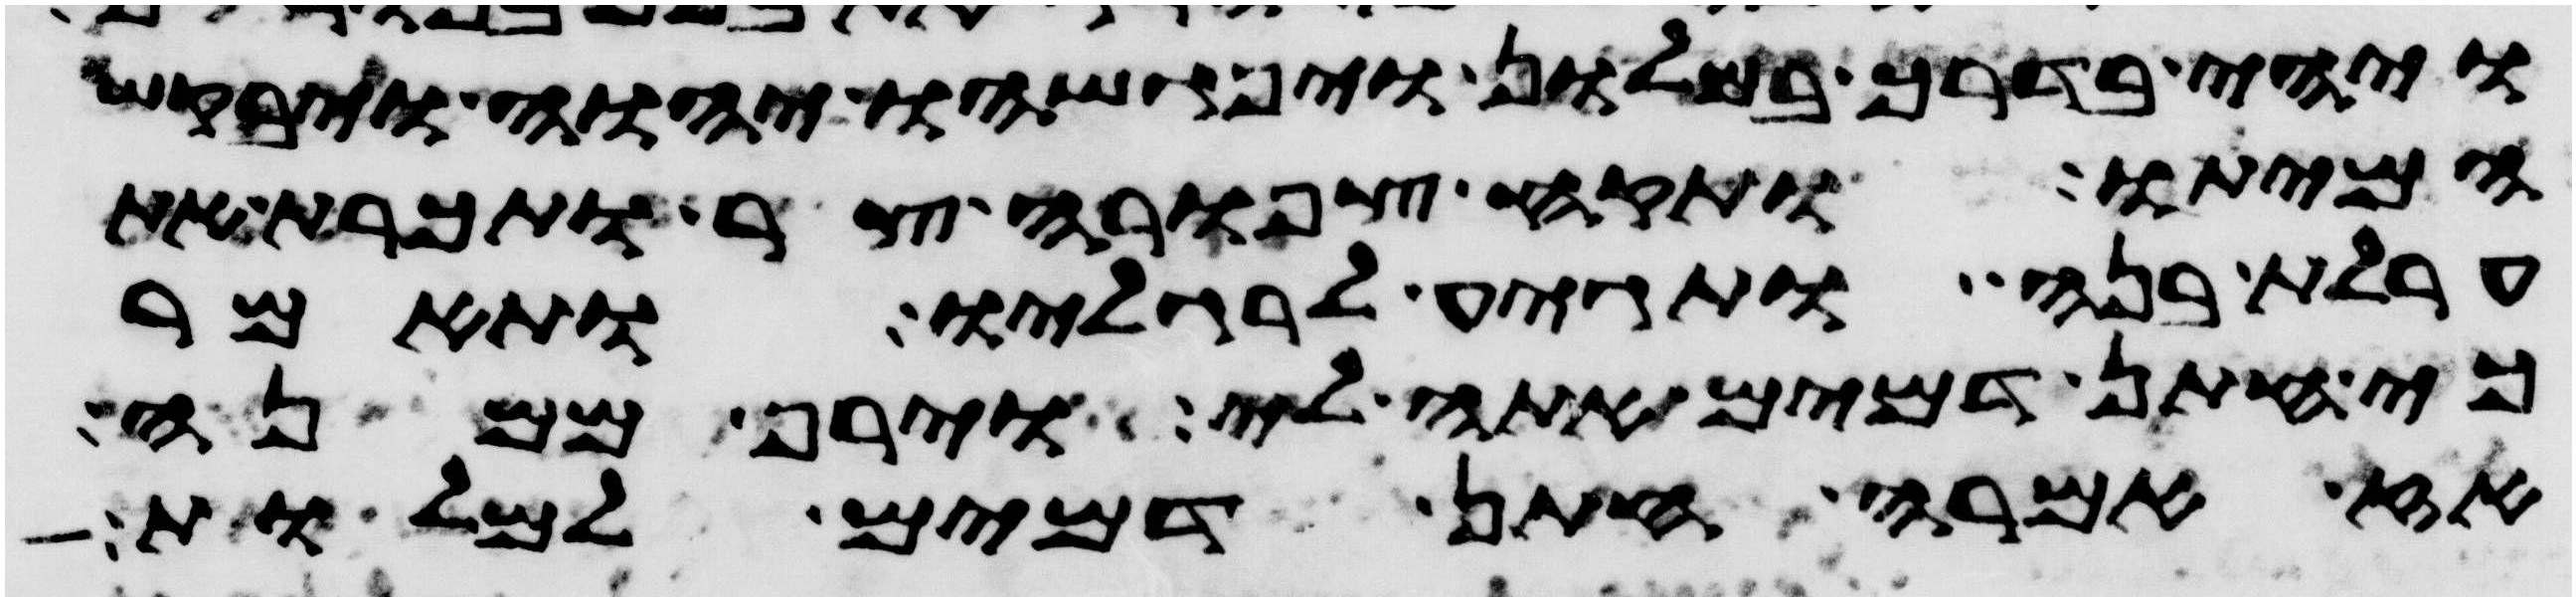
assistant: ויהי בדרך במלון ויפגשהו יהוה ויבקש
המיתו ותקח צפורה צר ותכרת את
ערלת בנה ותגיע לרגליו ותאמר
כי חתן דמים אתה לי וירף ממנה
אז אמרה חתן דמים למלות